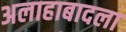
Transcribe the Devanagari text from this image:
अलाहाबादला